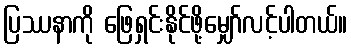
ပြဿနာကို ဖြေရှင်းနိုင်ဖို့မျှော်လင့်ပါတယ်။